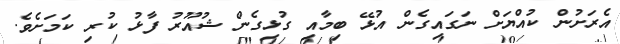
އެރަށުން ކުއްޔަށް ނަގައިގެން އުޅޭ ބިމާއި ގުޅިގެން ޝުއޫރު ފާޅު ކުރި ކަމަށެވެ.